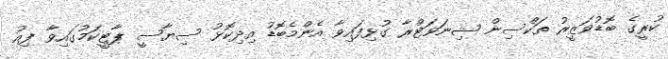
ކުރީގެ ބޮޑުވަޒީރު ތަކްސިން ޝިނަވަޓްރާ ގުޅިފައިވާ އެންމެބޮޑު އިދިކޮޅު ސިޔާސީ ޕާޓީކަމުގައިވާ ފިއު